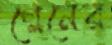
গ্লেনের